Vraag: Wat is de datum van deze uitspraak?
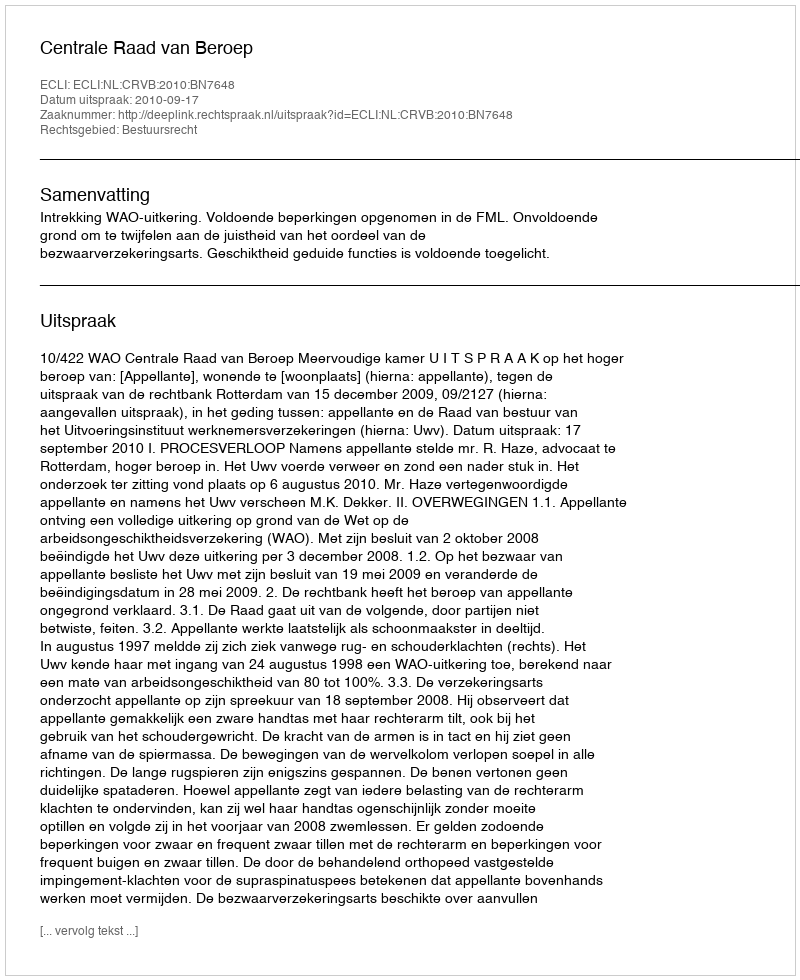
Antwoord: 2010-09-17